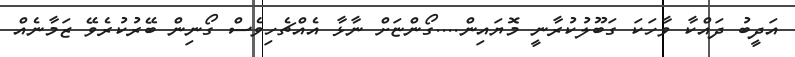
އަދީބު ދައްކާ ވާހަކަ ގަބޫލުކުރާނީ މޮޔައިން....ގޯންޏަށް ނާޅާ އެއްޗެހިވެސް ގޯނިން ބޭރުކުރެވޭ ޒަމާނެއް